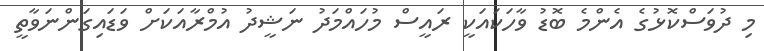
މި ދުވަސްކޮޅުގެ އެންމެ ބޮޑު ވާހަކައަކީ ރައީސް މުހައްމަދު ނަޝީދު އުމްރާއަކަށް ވަޑައިގަންނަވާތީ